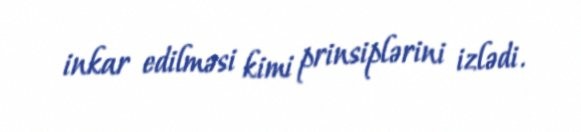
inkar edilməsi kimi prinsiplərini izlədi.